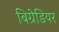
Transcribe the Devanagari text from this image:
बिग्रेडियर